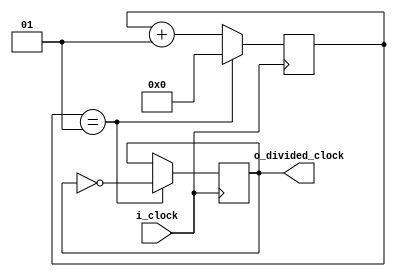
`timescale 1ns / 1ps
//////////////////////////////////////////////////////////////////////////////////
// Company: 
// Engineer: 
// 
// Design Name: 
// Module Name: divided_clock
// Project Name: 
// Target Devices: 
// Tool Versions: 
// Description: 
// 
// Dependencies: 
// 
// Revision:
// Revision 0.01 - File Created
// Additional Comments:
// 
//////////////////////////////////////////////////////////////////////////////////
/* clock_divider: used to get the transmitter and receiver to run at the same baud rate.
   This is useful to avoid counting in the transmitter and receiver.
 */
module clock_divider  #(parameter CLK_FREQUENCY = 50000000, parameter BAUD_RATE = 50000000)(
    input i_clock,
    output o_divided_clock  
);

integer clks_per_bit = CLK_FREQUENCY / BAUD_RATE;
integer counter = 1;

reg divided_clock = 0;

always @(posedge i_clock)
    if (counter == clks_per_bit)
        begin
            divided_clock <= ~divided_clock;
            counter <= 0;
        end
   else
        begin
            divided_clock <= divided_clock;
            counter <= counter + 1;
        end
        
   assign o_divided_clock = divided_clock;
endmodule